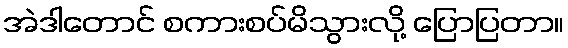
အဲဒါတောင် စကားစပ်မိသွားလို့ ပြောပြတာ။